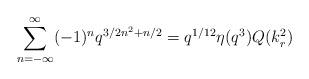
LaTeX: \begin{align*}\sum^{\infty}_{n=-\infty}(-1)^nq^{3/2n^2+n/2}=q^{1/12}\eta(q^3)Q(k_r^2)\end{align*}